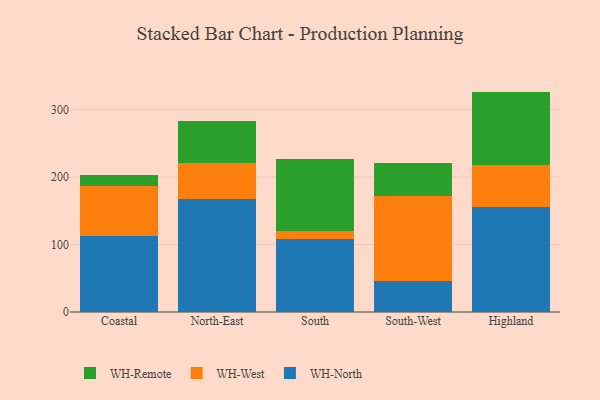
{"axis": {"x": "Region", "y": "Conversion Rate (%)"}, "legend": ["WH-North", "WH-Remote", "WH-West"], "data": [{"x": "Coastal", "y": 112.7, "type": "WH-North"}, {"x": "Coastal", "y": 74.2, "type": "WH-West"}, {"x": "Coastal", "y": 16.8, "type": "WH-Remote"}, {"x": "North-East", "y": 167.8, "type": "WH-North"}, {"x": "North-East", "y": 52.6, "type": "WH-West"}, {"x": "North-East", "y": 63.1, "type": "WH-Remote"}, {"x": "South", "y": 108.2, "type": "WH-North"}, {"x": "South", "y": 12.3, "type": "WH-West"}, {"x": "South", "y": 106.6, "type": "WH-Remote"}, {"x": "South-West", "y": 45.9, "type": "WH-North"}, {"x": "South-West", "y": 125.9, "type": "WH-West"}, {"x": "South-West", "y": 48.8, "type": "WH-Remote"}, {"x": "Highland", "y": 155.6, "type": "WH-North"}, {"x": "Highland", "y": 62.0, "type": "WH-West"}, {"x": "Highland", "y": 109.4, "type": "WH-Remote"}]}